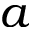
a